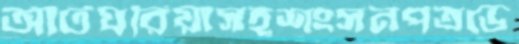
আটঘরিয়াসহশংসনপত্রভে